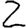
Digit: 2